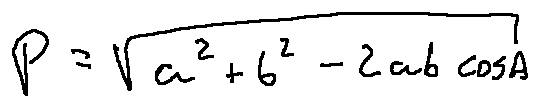
p = \sqrt { a ^ { 2 } + b ^ { 2 } - 2 a b \cos A }